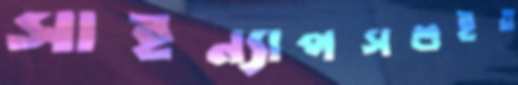
সাইন্যাপসশুইত